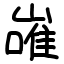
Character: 嶉